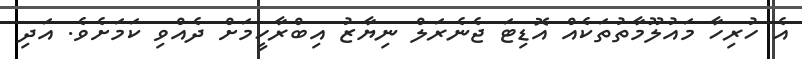
އެ ހުރިހާ މައުލޫމާތުތަކެއް އޮޑިޓަ ޖެނެރަލް ނިޔާޒު އިބްރާހީމަށް ދެއްވި ކަމަށެވެ. އަދި